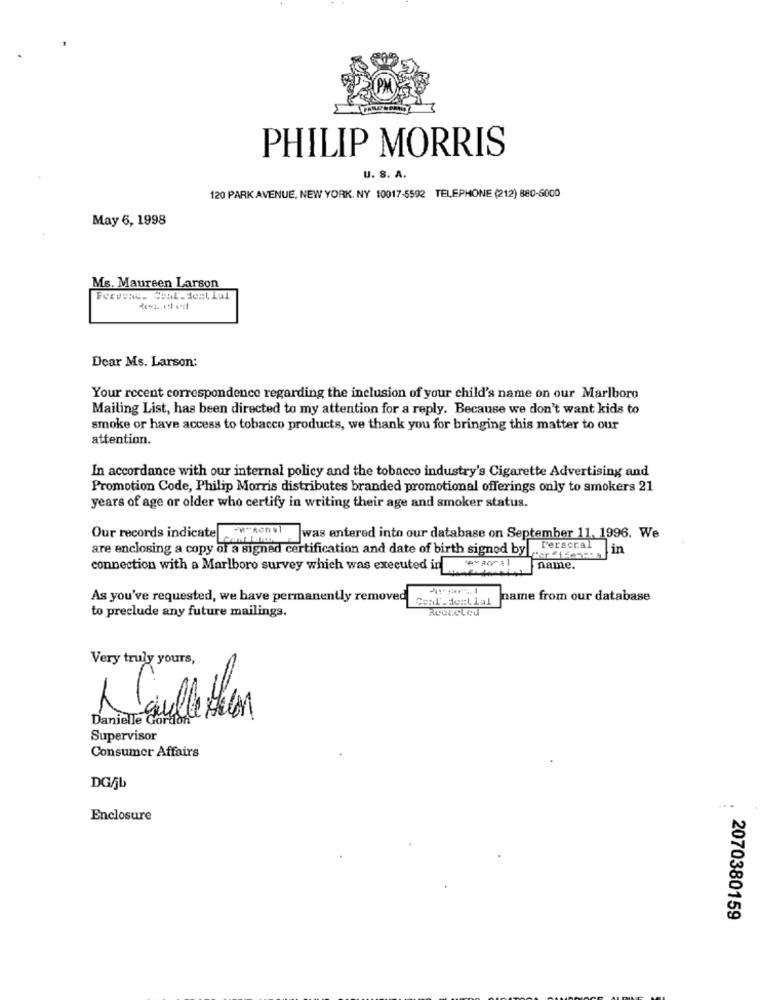
PHILIP MORRIS
U. S. A.
120 PARK AVENUE, NEW YORK, NY 10017-5592 TELEPHONE (212) 880-6000
May 6, 1998
Ms. Maureen Larson
Forvene. Ceal-dont Lul
Dear Ms. Larson:
Your recent correspondence regarding the inclusion of your child's name on our Marlboro
Mailing List, has been directed to my attention for a reply. Because we don't want kids to
smoke or have access to tobacco products, we thank you for bringing this matter to our
attention.
In accordance with our internal policy and the tobacco industry's Cigarette Advertising and
Promotion Code, Philip Morris distributes branded promotional offerings only to smokers 21
years of age or older who certify in writing their age and smoker status.
Our records indicate vonal
was entered into our database on September 11. 1996. We
are enclosing a copy of a signed certification and date of birth signed bylorenz
name.
connection with a Marlboro survey which was executed in
As you've requested, we have permanently removed
Ceal dent Lul
name from our database
to preclude any future mailings.
Very truly yours,
Danielle Go
Supervisor
Consumer Affairs
DG/jb
Enclosure
2070380159